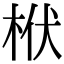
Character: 栿